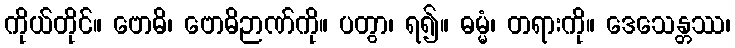
ကိုယ်တိုင်။ ဗောဓိ၊ ဗောဓိဉာဏ်ကို။ ပတွာ၊ ရ၍။ ဓမ္မံ၊ တရားကို။ ဒေသေန္တဿ၊